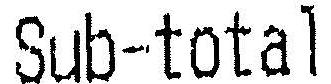
SUB-TOTAL